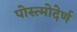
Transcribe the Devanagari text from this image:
पोस्त्मोदेर्ण